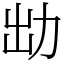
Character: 㔘